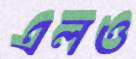
এলও